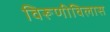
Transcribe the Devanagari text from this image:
विरूणीविलास